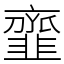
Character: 韲